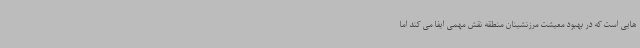
هایی است که در بهبود معیشت مرزنشینان منطقه نقش مهمی ایفا می کند اما